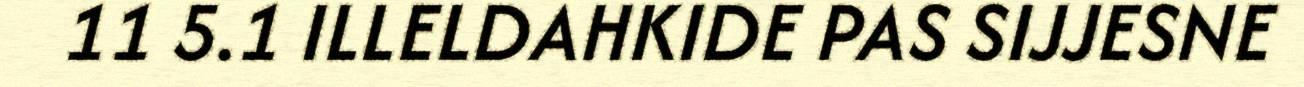
11 5.1 ILLELDAHKIDE PAS SIJJESNE